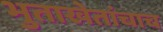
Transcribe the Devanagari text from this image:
भुताखेतांचाच